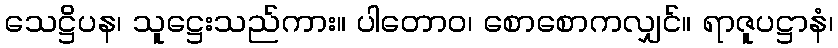
သေဋ္ဌိပန၊ သူဋ္ဌေးသည်ကား။ ပါတောဝ၊ စောစောကလျှင်။ ရာဇူပဋ္ဌာနံ၊